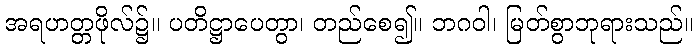
အရဟတ္တဖိုလ်၌။ ပတိဋ္ဌာပေတွာ၊ တည်စေ၍။ ဘဂဝါ၊ မြတ်စွာဘုရားသည်။